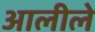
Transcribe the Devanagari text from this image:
आलीले